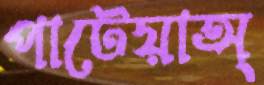
পাটেয়াঅ্